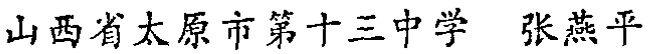
山西省太原市第十三中学 张燕平